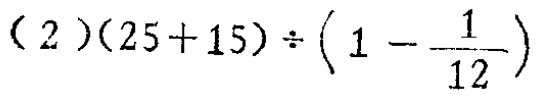
\((2)(25 + 15)\div\left(1-\frac{1}{12}\right)\)